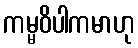
ကမ္မဝိပါကမာဟု